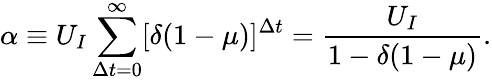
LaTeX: \alpha\equiv U_{I}\sum_{\Delta t=0}^{\infty}[\delta(1-\mu)]^{\Delta t}=\frac{U_{I}}{1-\delta(1-\mu)}.